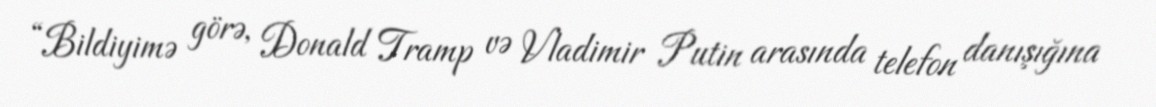
“Bildiyimə görə, Donald Tramp və Vladimir Putin arasında telefon danışığına